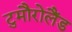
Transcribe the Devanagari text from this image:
टुमौरोलैंड